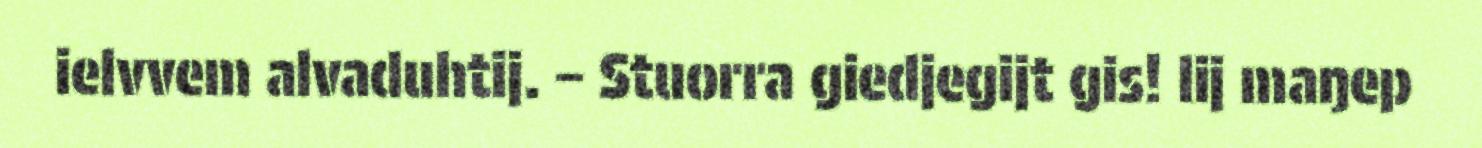
ielvvem alvaduhtij. – Stuorra giedjegijt gis! lij maŋep